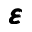
\pmb \varepsilon